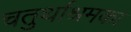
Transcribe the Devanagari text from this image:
चतुर्थाश्रमका